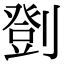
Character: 㔁